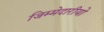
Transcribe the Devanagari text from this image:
जिम्मेदारीयो